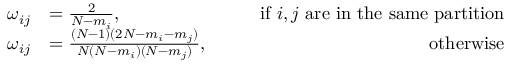
\begin{array} { r l r } { \omega _ { i j } } & { = \frac { 2 } { N - m _ { i } } , \qquad } & { \mathrm { i f ~ } i , j \mathrm { ~ a r e ~ i n ~ t h e ~ s a m e ~ p a r t i t i o n } } \\ { \omega _ { i j } } & { = \frac { ( N - 1 ) ( 2 N - m _ { i } - m _ { j } ) } { N ( N - m _ { i } ) ( N - m _ { j } ) } , \qquad } & { \mathrm { o t h e r w i s e } } \end{array}